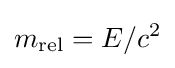
m_{\text{rel}}=E/c^{2}